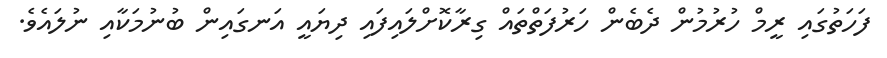
ފަހަތުގައި ރީމް ހުރުމުން ދެބެން ހަރުފަތްތައް ގިރާކޮށްލައިފައި ދިޔައީ އަނގައިން ބުނުމަކާއި ނުލައެވެ.